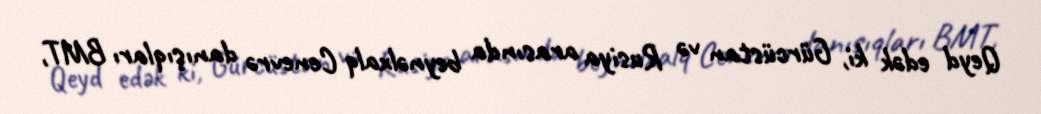
Qeyd edək ki, Gürcüstan və Rusiya arasında beynəlxalq Cenevrə danışıqları BMT,